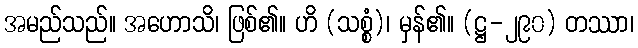
အမည်သည်။ အဟောသိ၊ ဖြစ်၏။ ဟိ (သစ္စံ)၊ မှန်၏။ (ဋ္ဌ-၂၉၀) တဿာ၊